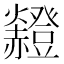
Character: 𧺄